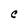
Character: C